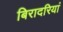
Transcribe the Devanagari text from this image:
बिरादरियां